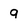
Character: q